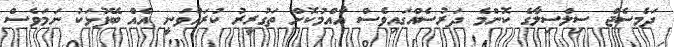
ދަމެސެޖް ސިލްސިލާގެ ކޮންމެ ދަރުސެއްގައިވެސް އާއްމުކޮށް ތަގުރީރު ކުރައްވަނީ އެއް ބޭފުޅަކު ނަމަވެސް